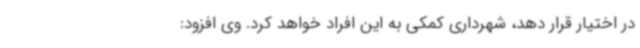
در اختیار قرار دهد، شهرداری کمکی به این افراد خواهد کرد. وی افزود: